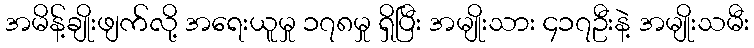
အမိန့်ချိုးဖျက်လို့ အရေးယူမှု ၁၇၈မှု ရှိပြီး အမျိုးသား ၄၁၇ဦးနဲ့ အမျိုးသမီး